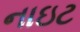
નાઇટ